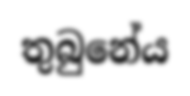
තුබුනේය